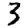
Digit: 3